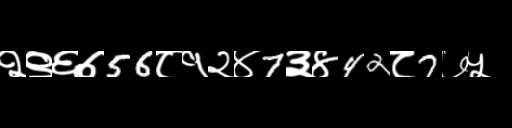
Text: २९६७56८१२४7३४42८7७५